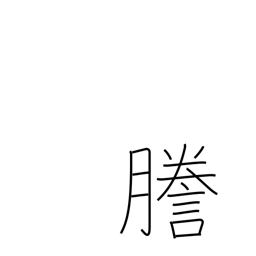
Meaning: mimeograph